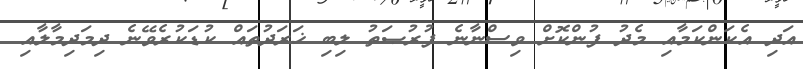
އަދި އެކަންކަމާއި މެދު ފުންކޮށް ވިސްނާނެ ފުރުޞަތު ލިބި ޚަރަދުތައް ކުޑަކުރެވޭނެ ދިމަދިމާލާއި